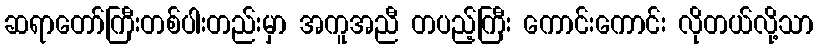
ဆရာတော်ကြီးတစ်ပါးတည်းမှာ အကူအညီ တပည့်ကြီး ကောင်းကောင်း လိုတယ်လို့သာ